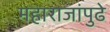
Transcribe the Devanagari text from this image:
महाराजांपुढे